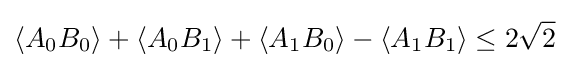
\langle A_{0}B_{0}\rangle +\langle A_{0}B_{1}\rangle +\langle A_{1}B_{0}\rangle -\langle A_{1}B_{1}\rangle \leq 2{\sqrt {2}}